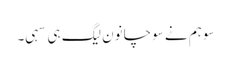
سو ہم نے سوچا نون لیگ ہی سہی۔